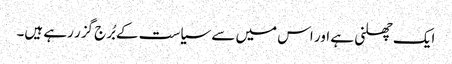
ایک چھلنی ہے اور اس میں سے سیاست کے بُرج گزر رہے ہیں۔